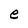
Character: e